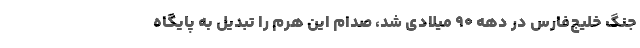
جنگ خلیج‌فارس در دهه‌ ۹۰ میلادی شد، صدام این هرم را تبدیل به پایگاه